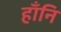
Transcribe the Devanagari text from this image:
हाँनि